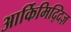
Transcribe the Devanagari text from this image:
आर्किमिद्दिज़